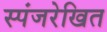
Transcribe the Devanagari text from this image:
स्पंजरेखित